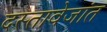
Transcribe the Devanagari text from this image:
दस्तावेजांत